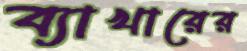
ব্যাখারের